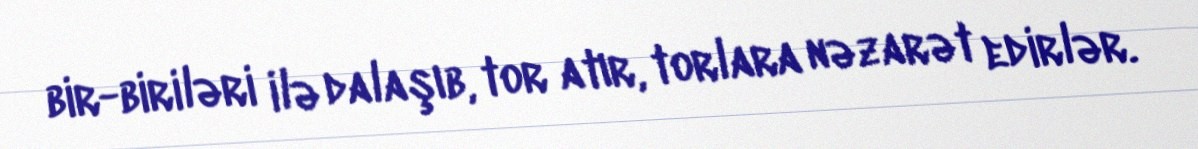
bir-biriləri ilə dalaşıb, tor atır, torlara nəzarət edirlər.